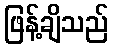
ဖြန့်ချိသည်